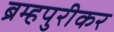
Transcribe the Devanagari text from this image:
ब्रम्हपुरीकर